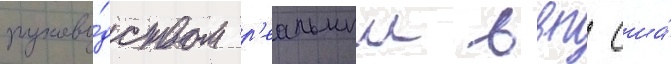
руково́дством р'еальныи ввп сша́